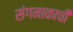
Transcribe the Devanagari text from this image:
संगनाकाची